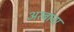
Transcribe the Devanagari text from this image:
अरबाना